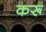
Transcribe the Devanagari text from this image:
करू